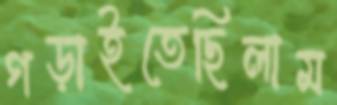
গড়াইতেছিলাম